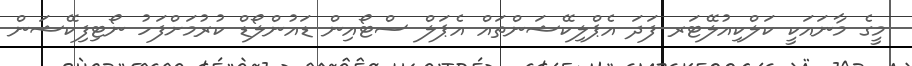
މީގެ މާނައަކީ ކަލްކިއުލޭޓަރ ފަދަ އެޕްލިކޭޝަންތައް އެޕަލް ސްޓޯއިން ޑައުންލޯޑް ކުރުމަށްފަހު ނޯޓިފިކޭޝަން